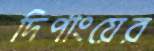
দিপাংয়ের